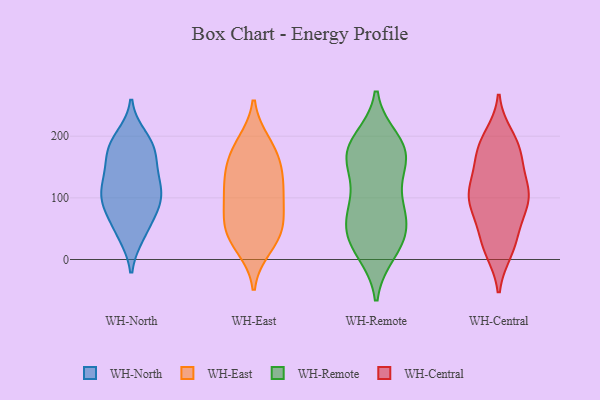
{"axis": {"x": "Churn Rate (%)", "y": "Value"}, "legend": ["WH-Central", "WH-East", "WH-North", "WH-Remote"], "data": [{"x": "", "y": 94, "type": "WH-North"}, {"x": "", "y": 131, "type": "WH-North"}, {"x": "", "y": 188, "type": "WH-North"}, {"x": "", "y": 147, "type": "WH-North"}, {"x": "", "y": 130, "type": "WH-North"}, {"x": "", "y": 123, "type": "WH-North"}, {"x": "", "y": 60, "type": "WH-North"}, {"x": "", "y": 198, "type": "WH-North"}, {"x": "", "y": 179, "type": "WH-North"}, {"x": "", "y": 176, "type": "WH-North"}, {"x": "", "y": 178, "type": "WH-North"}, {"x": "", "y": 40, "type": "WH-North"}, {"x": "", "y": 97, "type": "WH-North"}, {"x": "", "y": 41, "type": "WH-North"}, {"x": "", "y": 98, "type": "WH-North"}, {"x": "", "y": 84, "type": "WH-North"}, {"x": "", "y": 97, "type": "WH-North"}, {"x": "", "y": 92, "type": "WH-East"}, {"x": "", "y": 172, "type": "WH-East"}, {"x": "", "y": 35, "type": "WH-East"}, {"x": "", "y": 49, "type": "WH-East"}, {"x": "", "y": 89, "type": "WH-East"}, {"x": "", "y": 188, "type": "WH-East"}, {"x": "", "y": 44, "type": "WH-East"}, {"x": "", "y": 178, "type": "WH-East"}, {"x": "", "y": 21, "type": "WH-East"}, {"x": "", "y": 129, "type": "WH-East"}, {"x": "", "y": 59, "type": "WH-East"}, {"x": "", "y": 108, "type": "WH-East"}, {"x": "", "y": 132, "type": "WH-East"}, {"x": "", "y": 145, "type": "WH-East"}, {"x": "", "y": 35, "type": "WH-Remote"}, {"x": "", "y": 182, "type": "WH-Remote"}, {"x": "", "y": 42, "type": "WH-Remote"}, {"x": "", "y": 169, "type": "WH-Remote"}, {"x": "", "y": 184, "type": "WH-Remote"}, {"x": "", "y": 83, "type": "WH-Remote"}, {"x": "", "y": 101, "type": "WH-Remote"}, {"x": "", "y": 18, "type": "WH-Remote"}, {"x": "", "y": 193, "type": "WH-Remote"}, {"x": "", "y": 158, "type": "WH-Remote"}, {"x": "", "y": 43, "type": "WH-Remote"}, {"x": "", "y": 75, "type": "WH-Remote"}, {"x": "", "y": 76, "type": "WH-Remote"}, {"x": "", "y": 13, "type": "WH-Remote"}, {"x": "", "y": 154, "type": "WH-Remote"}, {"x": "", "y": 165, "type": "WH-Remote"}, {"x": "", "y": 113, "type": "WH-Central"}, {"x": "", "y": 183, "type": "WH-Central"}, {"x": "", "y": 158, "type": "WH-Central"}, {"x": "", "y": 88, "type": "WH-Central"}, {"x": "", "y": 122, "type": "WH-Central"}, {"x": "", "y": 105, "type": "WH-Central"}, {"x": "", "y": 199, "type": "WH-Central"}, {"x": "", "y": 22, "type": "WH-Central"}, {"x": "", "y": 171, "type": "WH-Central"}, {"x": "", "y": 20, "type": "WH-Central"}, {"x": "", "y": 99, "type": "WH-Central"}, {"x": "", "y": 177, "type": "WH-Central"}, {"x": "", "y": 134, "type": "WH-Central"}, {"x": "", "y": 56, "type": "WH-Central"}, {"x": "", "y": 96, "type": "WH-Central"}, {"x": "", "y": 15, "type": "WH-Central"}, {"x": "", "y": 87, "type": "WH-Central"}, {"x": "", "y": 189, "type": "WH-Central"}, {"x": "", "y": 97, "type": "WH-Central"}, {"x": "", "y": 37, "type": "WH-Central"}]}